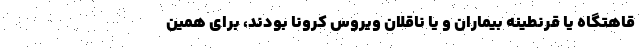
قاهتگاه یا قرنطینه بیماران و یا ناقلان ویروس کرونا بودند، برای همین